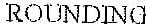
ROUNDING